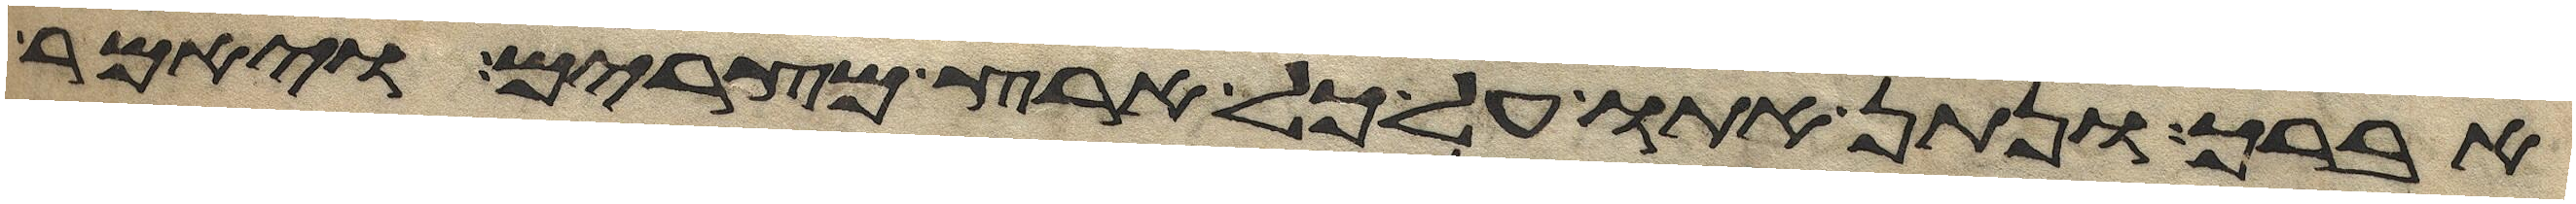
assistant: אברך ונתן אתו על כל ארץ מצרים ויאמר